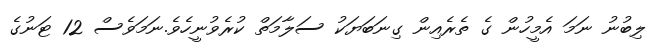
ލިބުނު ނަމަ އެމީހުން ގެ ތެރެއިން ގިނަބަޔަކު ސަލާމަތް ކުރެވުނީހެވެ.ނަމަވެސް 12 ޓަނުގެ